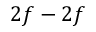
2 f - 2 f